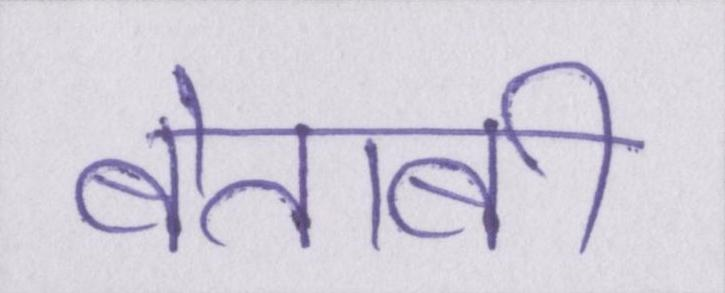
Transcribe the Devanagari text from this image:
बेताबी